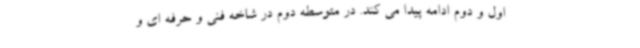
اول و دوم ادامه پیدا می کند. در متوسطه دوم در شاخه فنی و حرفه ای و